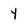
Character: Y